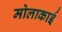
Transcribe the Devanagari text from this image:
मोलाकाई